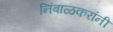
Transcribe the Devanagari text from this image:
निंबाळकरांनी